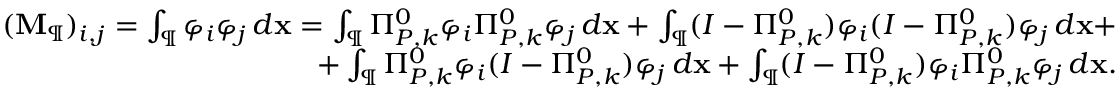
\begin{array} { r } { ( \mathbf { M } _ { \P } ) _ { i , j } = \int _ { \P } \varphi _ { i } \varphi _ { j } \, d \mathbf { x } = \int _ { \P } \Pi _ { { P } , k } ^ { 0 } \varphi _ { i } \Pi _ { { P } , k } ^ { 0 } \varphi _ { j } \, d \mathbf { x } + \int _ { \P } ( I - \Pi _ { { P } , k } ^ { 0 } ) \varphi _ { i } ( I - \Pi _ { { P } , k } ^ { 0 } ) \varphi _ { j } \, d \mathbf { x } + } \\ { + \int _ { \P } \Pi _ { { P } , k } ^ { 0 } \varphi _ { i } ( I - \Pi _ { { P } , k } ^ { 0 } ) \varphi _ { j } \, d \mathbf { x } + \int _ { \P } ( I - \Pi _ { { P } , k } ^ { 0 } ) \varphi _ { i } \Pi _ { { P } , k } ^ { 0 } \varphi _ { j } \, d \mathbf { x } . } \end{array}